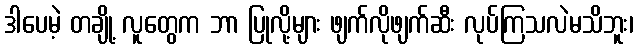
ဒါပေမဲ့ တချို့ လူတွေက ဘာ ပြုလို့များ ဖျက်လိုဖျက်ဆီး လုပ်ကြသလဲမသိဘူး၊